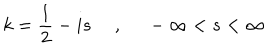
LaTeX: k = \frac { 1 } { 2 } - i s ~ ~ , ~ ~ - \infty < s < \infty